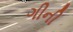
ગીની